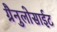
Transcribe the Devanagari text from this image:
ग्रैनुलोसाईट